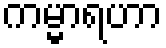
ကမ္မာရဟာ